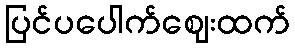
ပြင်ပပေါက်ဈေးထက်